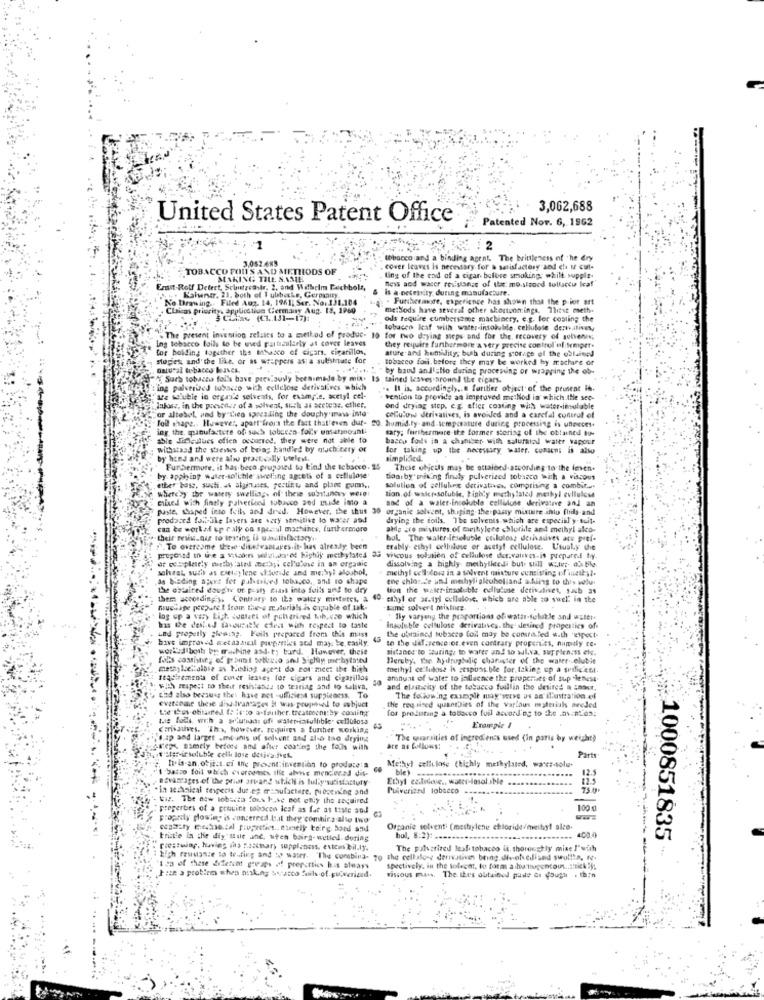
3,062,688
United States Patent Office
Patented Nor. 6, 1962
3,052.685
tobacco and a binding agent. The brittleness of 'he dry
TOBACCO FONT'S
TOBACCO FOI'S AND METHODS OF
cover leaves is necessary for a satisfactory and che I cul-
MAKING TILE. S.AME
ting of the end of a cigar before smoking, while supple-
fess and water resistance of that mo.siaood tollaccu leaf
Ernst-Rolf Detert, Schutzeshir, 2, and Wilhelm Puchbols,
. Kalweer. 21, both of I ubbecke, Germany.
is a necessity. during manufacture.
No Drawing .. Filed A02. 14, 1961; Ser. No:131.104
. Furthermore, experience has shown that the p-ior art
Clicas priority, application Germany Aug. 13, 1960
me:Sods have several other skortoon:ings, Tliest meth.
3 Chle (CL.131-17):
ods require cumbersome machinery, e.g. for costing the
tobacco kaf with water-insoluble. cellulose dernalives
ing tobacco foils to be uved particularly at cover leaves
. The present invention relates to a method of produc- 19
for two drying seps and for the, recovery of solvenes,
for holding together the tabasco of cigars. cigarillos,
they require furthermore a very precise control'el: kemper.
ature and humidity, both during stor ce of the obtained
sloges, and the like, or as wrappers asia sulesinate for
tobacco forl. before they may be worked hy machare or
natural tobacco leaves.
" by baud and'sNo during procening or wrapping the ob-
Sur's tobacza fol's have previously beenimade by mix. 15 tained lesves around the cigars.
ing palstrused tobacco wich cellulose derivatives which
. Il is. accordingly ... further object of the peusent in.
tre wolubie in orgrile selveats, for example, acetyl cel-
Jakosz, in the poescase of a solvent, such as sertene. ether,
vention to provide an improved method in which the seo-
"or altesel, and by"Lied spreading the doughy'mas inte"
ond drying stop, e.g. after costing with water-imulable
foll shape .. However, apart"frora the fact thatleven dur- 20, humid.ty-and temperature during processing is unecces.
collulow derivatives, is avoided and a carefal control of
ing the manufacture of such tobacco foly unsafinoanti
sary; furthermore the former storing of the obtained to-
able Jineslues ofien occurred. they were not able to
bacco folle in a chanser with salufatal water vapour
withstand the shenses of bring handled by much.cery of
for taking up the necessary water, consens is also
by hand and were also practically utelesi.
simplified.
FurSiermore, it has beca.prupaied to bind the tobacco. 25
These objects may be attained-atcording to the leven.
by apphing water-solthle swelling agsets of a cellulose
Boasby mixing finaly pulverized tobacco with a viscous
etter base, suuti. at alginuses, pertinty and plet cums ..
whereby the watery swelling. of these substancey were:
solution of cellules detivatives, comprising a combit ...
mixed with fintly palvericod tobacco sou mide into a
sac of a walet-insoluble cellulose derivative and an
tion of waler-soluble, Fiably methylated methyl culluloss
puste, shaped into foils and dred. However, the thus 30
organic solvent, shaping.the pasty mixture anlo frida-and
produced foislille lavers are very samitiet to warer and
drying the coils. The solvents which are especial y tuit-
can te workaf up caly og spesal machines, furthermore
aldo iro mistures of cwethylene chloride and methyl alco-
bul, The waler desoluble celuloaz derivatives are pref.
"". To overcome these ditedeantares.it has already been
etably ethyl cellulose or acetyl cellulose. Usually the
proposed to ire a vascours sefaladores highly methylated 33 vilcous solution of cellulose det.valikes.is prepared by.
or sespletely mitby :atrdd methyl cellulose in an organic
dissolving a highly methylktedi but still water. 05.ble
salveat, such as cletylene stivesde and methyl aloubol,
methyl cell dors in a solvent mixture consisting of methyl.
as bading DEows fer palceiced tobacco ,, and to shape
ene chlos.de und meshyli alkoholiand alling to thes welu.
the obtained doughtr or pushy class into foils and to dry
bon the water insoluble celluluse detivalivet, such as
them according y, Contrary to iks watery misteres, a
40.
ethyl or ar.tyl cellulose, which are able to suck in the
mushage prepare t from the-@ materials is capable of tak-
toume solvert mixture.
los up a very Lich. odstart of pchatired toh. vzo which
" fly varying the praportions of wathr-soluble and water.
has the dest ed tavousikke edeat with respect to taste
Insoluble cellulose derivatives. the desired properties of
Led properly stewing. Foils prepared from this must
have improved setassicil preponles sod may be, easily.
the ubrained tubacse foll may be contra.fed w.th 'expect-
to the diference of.even contrary properucs, napidly ce-
world"best by machine and.ty tard. However, theit
sistaDes to turing. to water and to wul.va, supplen.ss els.
Beruby. The hydfrugtulic character of the water olubie
methylccfaible as Hisdiag agent do not meet the high
methyl cellulose is sespuss ble for taking up a suilic'est.
ttadirements of cover leaves for cigars and cigarillos
50
amount of water to influence the properties of sup -leness
with respect to their resistance to teoriag and to saliva,
and elasticity of the tobacco fuallin the desired a zaser.
And also bersuis they have net -ufficiest suppleness. To
evetsome these disadvantages it was pouphed to subjuct
The following example may'verse us am' illustration el
Loe tons ofitsmed I: : e'to a-farther. treatrecnithy conting
the requised quand Jies of the various materials areded
for prelisting a tobacco fuil according to the .av.nt.osz
corsauves. 'The, however, requires a further working
Eramspie I
s.ap and larger .mounis of solvent and also the drying
The warsities of ingredients used (in paris by weight)
-Weps Bamely before and after coating the tools with
are as follows:
t'ater-ifsoluble cell lose delica:fek.
Parts
1 bazzo foil which cvoroomes the above mentioned dif-
trois an. ofit.t.co Inc prosent invention to produce: s
Methyl cellulose (highly methylated, was-solu.
ble) ------..
BEvantages of the prist artar! which is tully'sucisfactuly
Ethyl calleddie ., water-lasol ible
12.5
. In aethnical teipecis Jut.es manufacture. piecening and
Pulverized tobacco
750
tis. The new lobecto fous have not only the required
properties of a poutine cobocco icaf as far as tiste and
100 g
properly plowing is concerned (uit they combir z also two
esamity Gelse.tal piupestics .. ehely toirg. Bord and
Organic solventi (mestsylene chloride/methyl alto.
400.0
trist'e in the diy"stile and. uten buira- wetled. during
bol, 8:2): ....
1000851835
prestwing, having ins p.25cmary suppleness, evtcas bil.ly.
The pulverized leaf tobacco is, thoroughly mise J'with
Elgh restante to testing and to water. The combina- 70 the cellaloss derivatives being.dieofeliand swollin, fe.
1 ga of these difercet geops of prepcttics has always
spectively, in the solecet, to form a hu tugentous ..: ticky;
-------
viscous mas. The Ites obtained paste do yough . thin